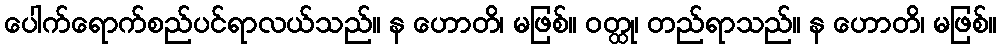
ပေါက်ရောက်စည်ပင်ရာလယ်သည်။ န ဟောတိ၊ မဖြစ်။ ဝတ္ထု၊ တည်ရာသည်။ န ဟောတိ၊ မဖြစ်။